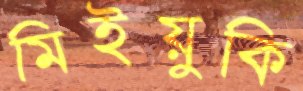
মিইয়ুকি